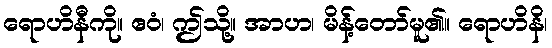
ရောဟိနီကို။ ဧဝံ၊ ဤသို့။ အာဟ၊ မိန့်တော်မူ၏။ ရောဟိနိ၊